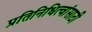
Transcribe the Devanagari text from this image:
प्रतिनिधित्वांसाठी